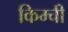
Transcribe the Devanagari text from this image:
किम्ची